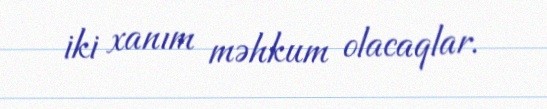
iki xanım məhkum olacaqlar.